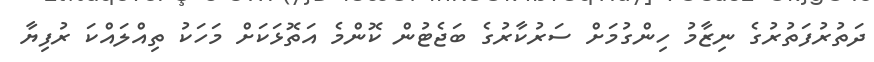
ދަތުރުފަތުރުގެ ނިޒާމު ހިންގުމަށް ސަރުކާރުގެ ބަޖެޓުން ކޮންމެ އަތޮޅަކަށް މަހަކު ތިއްލައްކަ ރުފިޔާ